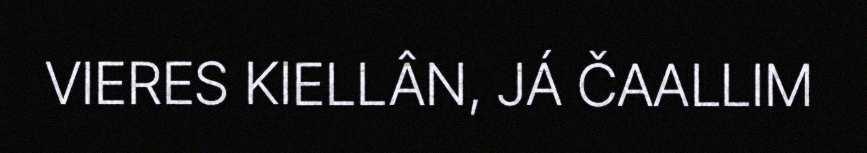
VIERES KIELLÂN, JÁ ČAALLIM